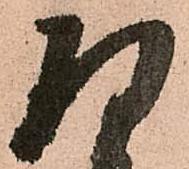
将